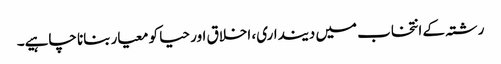
رشتہ کے انتخاب میں دینداری، اخلاق اور حیا کو معیار بنانا چاہیے۔